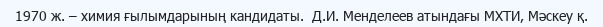
1970 ж. – химия ғылымдарының кандидаты.  Д.И. Менделеев атындағы МХТИ, Мәскеу қ.